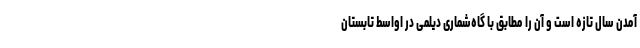
آمدن سال تازه است و آن را مطابق با گاه‌شماری دیلمی در اواسط تابستان